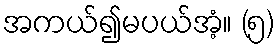
အကယ်၍မပယ်အံ့။ (၅)